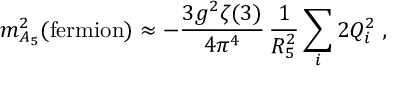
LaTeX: m _ { A _ { 5 } } ^ { 2 } ( \mathrm { f e r m i o n } ) \approx - \frac { 3 g ^ { 2 } \zeta ( 3 ) } { 4 \pi ^ { 4 } } \, \frac { 1 } { R _ { 5 } ^ { 2 } } \sum _ { i } 2 Q _ { i } ^ { 2 } \; ,